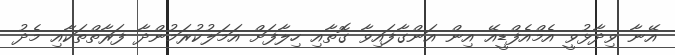
އޭނާ ވިދާޅުވީ އެމްއެފްޑީއޭ އިން އަންގާފައިވާ ގޮތާއި ހިލާފަށް އަމަލުކުރަމުންދާ ފަރާތްތަކާއި މެދު